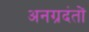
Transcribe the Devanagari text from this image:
अनग्रदंतों